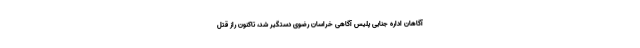
آگاهان اداره جنایی پلیس آگاهی خراسان رضوی دستگیر شد، تاکنون راز قتل